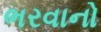
ભરવાનો